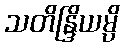
သတိန္ဒြိယမ္ပိ